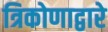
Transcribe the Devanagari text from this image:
त्रिकोणाद्वारे